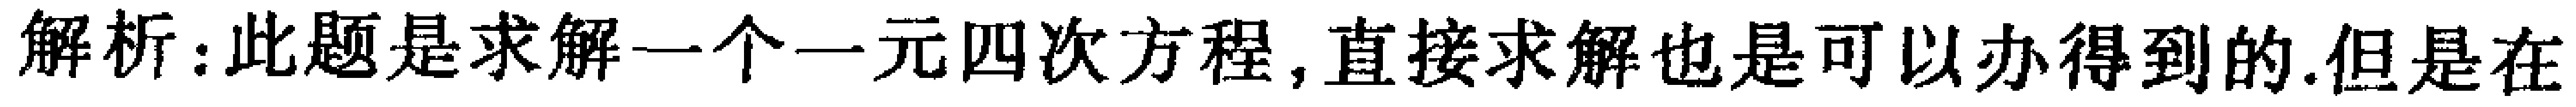
解析：此题是求解一个一元四次方程, 直接求解也是可以办得到的.但是在